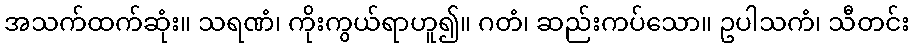
အသက်ထက်ဆုံး။ သရဏံ၊ ကိုးကွယ်ရာဟူ၍။ ဂတံ၊ ဆည်းကပ်သော။ ဥပါသကံ၊ သီတင်း